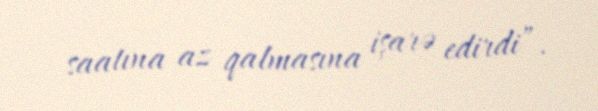
saatına az qalmasına işarə edirdi”.